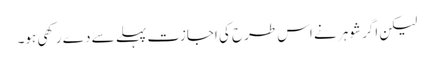
لیکن اگر شوہر نے اس طرح کی اجازت پہلے سے دے رکھی ہو۔